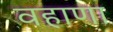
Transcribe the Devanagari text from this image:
वहाणा